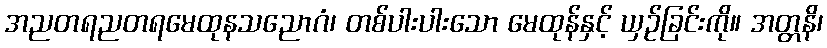
အညတရညတရမေထုနသညောဂံ၊ တစ်ပါးပါးသော မေထုန်နှင့် ယှဉ်ခြင်းကို။ အတ္တနိ၊